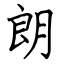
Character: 朗